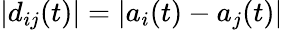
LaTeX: |d_{ij}(t)|=|a_{i}(t)-a_{j}(t)|